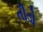
તીડો